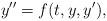
LaTeX: \begin{align*}y''=f(t,y,y'),\end{align*}